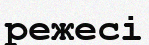
режесі